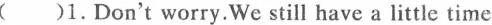
( )1.Don't worry.We still have a little time